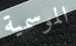
الموسمية